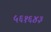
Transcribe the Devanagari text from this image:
५६१६४३